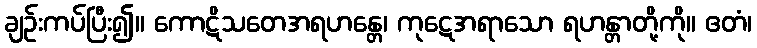
ချဉ်းကပ်ပြီး၍။ ကောဋိသတေအရဟန္တေ၊ ကုဋေအရာသော ရဟန္တာတို့ကို။ ဧတံ၊